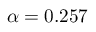
\alpha = 0 . 2 5 7